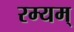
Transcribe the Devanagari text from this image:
रम्यम्